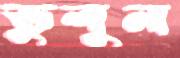
ভুলুন